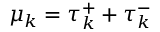
\mu _ { k } = \tau _ { k } ^ { + } + \tau _ { k } ^ { - }